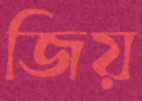
জিয়